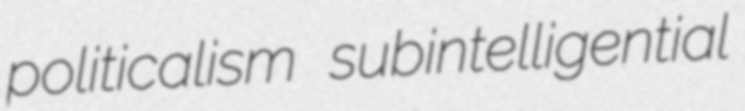
politicalism subintelligential